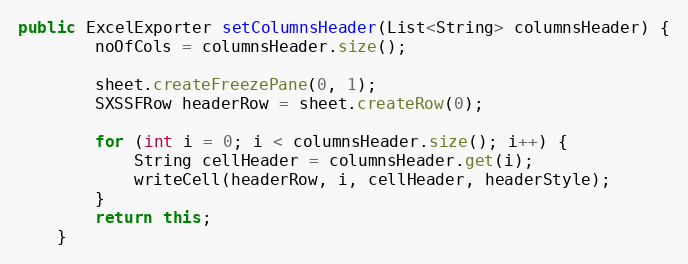
Language: Java
public ExcelExporter setColumnsHeader(List<String> columnsHeader) {
		noOfCols = columnsHeader.size();

		sheet.createFreezePane(0, 1);
		SXSSFRow headerRow = sheet.createRow(0);

		for (int i = 0; i < columnsHeader.size(); i++) {
			String cellHeader = columnsHeader.get(i);
			writeCell(headerRow, i, cellHeader, headerStyle);
		}
		return this;
	}